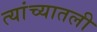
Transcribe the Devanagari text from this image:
त्यांच्यातली